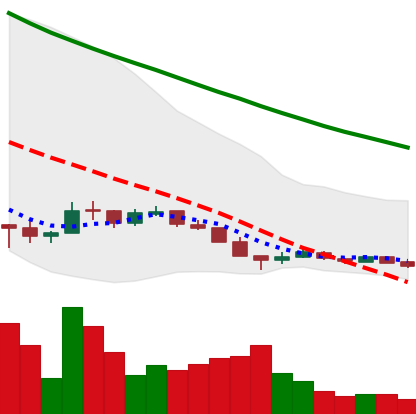
Ticker: ADA-USD
Chart end date: 2018-12-14
Forward return: 21.817%
Label: up_7plus